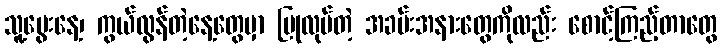
သူ့မွေးနေ့၊ ကွယ်လွန်တဲ့နေ့တွေမှာ ပြုလုပ်တဲ့ အခမ်းအနားတွေကိုလည်း စောင့်ကြည့်တာတွေ